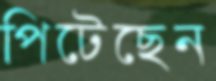
পিটেছেন